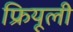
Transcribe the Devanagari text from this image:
फ्रियूली